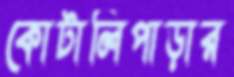
কোটালিপাড়ার